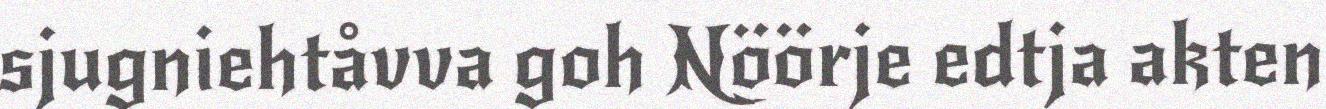
sjugniehtåvva goh Nöörje edtja akten